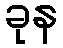
ခုန